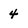
Character: 4